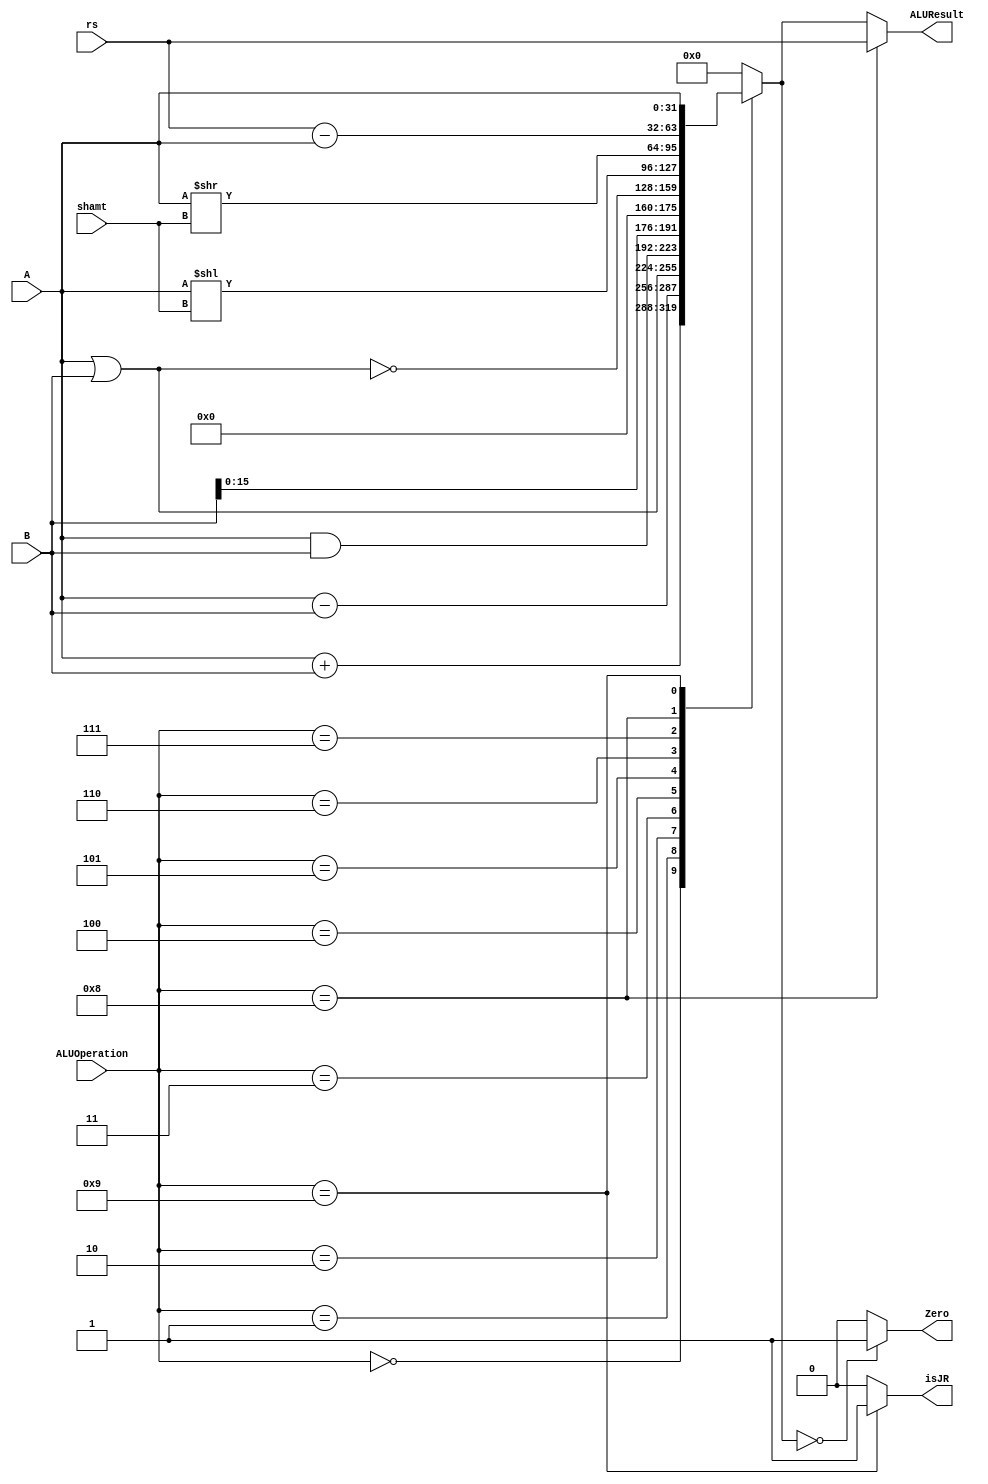
module ALU 
(
	input [3:0] ALUOperation,
  	input [31:0] rs,
	input [31:0] A,
	input [31:0] B,
	input [4:0] shamt,
	output reg Zero,
	output reg isJR,
	output reg [31:0]ALUResult
);

localparam ADD 		= 4'b0000;
localparam SUB 		= 4'b0001;
localparam OR  		= 4'b0010;
localparam AND 		= 4'b0011;
localparam LUI 		= 4'b0100;
localparam NOR 		= 4'b0101;
localparam SLL 		= 4'b0110;
localparam SRL 		= 4'b0111;
localparam BRANCH 	= 4'b1000;
localparam JR 		= 4'b1001;


   always @ (A or B or ALUOperation)
     begin
		case (ALUOperation)
		  ADD:
			ALUResult=A + B;
		  SUB:
			ALUResult=A - B;
		  OR:
			ALUResult=A | B;
		  AND:
			ALUResult=A & B;
		  LUI:
			ALUResult= {B[15:0], 16'h0000};
		  NOR:
			ALUResult=~(A|B);
		  SLL:
			ALUResult=A << shamt;
		  SRL:
			ALUResult=A >> shamt;
		  
		  BRANCH:
			ALUResult = rs - A;
		  JR:
			ALUResult= A;
		default:
			ALUResult= 0;
		endcase 
		Zero = (ALUResult==0) ? 1'b1 : 1'b0;
		ALUResult = (ALUOperation == BRANCH)? rs : ALUResult;
		isJR = (ALUOperation == JR) ? 1'b1 : 1'b0;
     end
endmodule